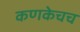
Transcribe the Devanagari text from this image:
कणकेचच